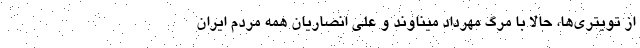
از تویتری‌ها، حالا با مرگ مهرداد میناوند و علی انصاریان همه مردم ایران